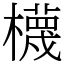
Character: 櫗